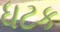
ધટક